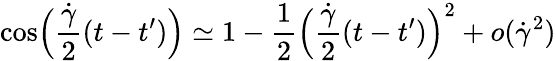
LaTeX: \cos\Bigl(\frac{\dot{\gamma}}{2}(t-t^{\prime})\Bigr)\simeq 1-\frac{1}{2}\Bigl(\frac{\dot{\gamma}}{2}(t-t^{\prime})\Bigr)^{2}+o(\dot{\gamma}^{2})